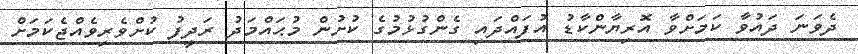
ދެވަނަ ދައުވާ ކަމަށްވާ އޮރިޔާންކާޑު އުފައްދައި ގެންގުޅުމުގެ ކުށުން މުޙައްމަދު ރަދީފު ކުށްވެރިވެއްޖެކަމަށް